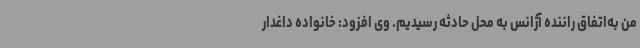
من به‌اتفاق راننده آژانس به محل حادثه رسیدیم. وی افزود: خانواده داغدار